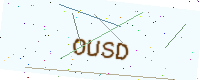
Text: OUSD